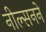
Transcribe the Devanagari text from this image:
नील्सनने